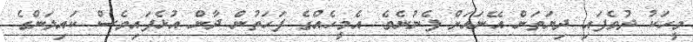
މީހަކު ދުވެފައި ދިޔަތަން އޭނައަށް ފެނުނެވެ. އެމީހެއްގެ ފަހަތުން ދާން އުޅެފައިވެސް ކައިލަންގެ